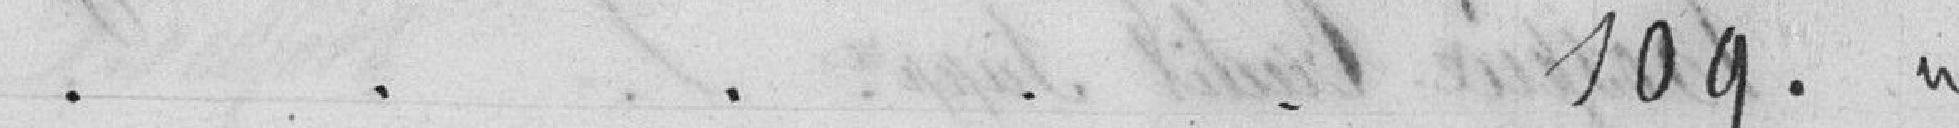
109